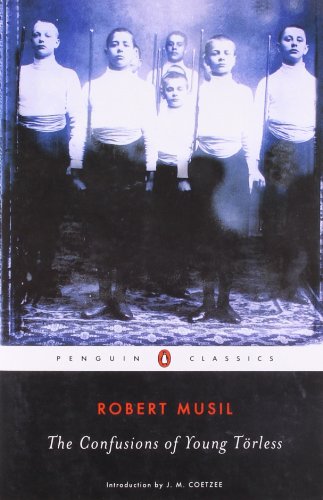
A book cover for The Confusions of Young TÃ¶rless (Penguin Twentieth-Century Classics); Robert Musil; Romance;